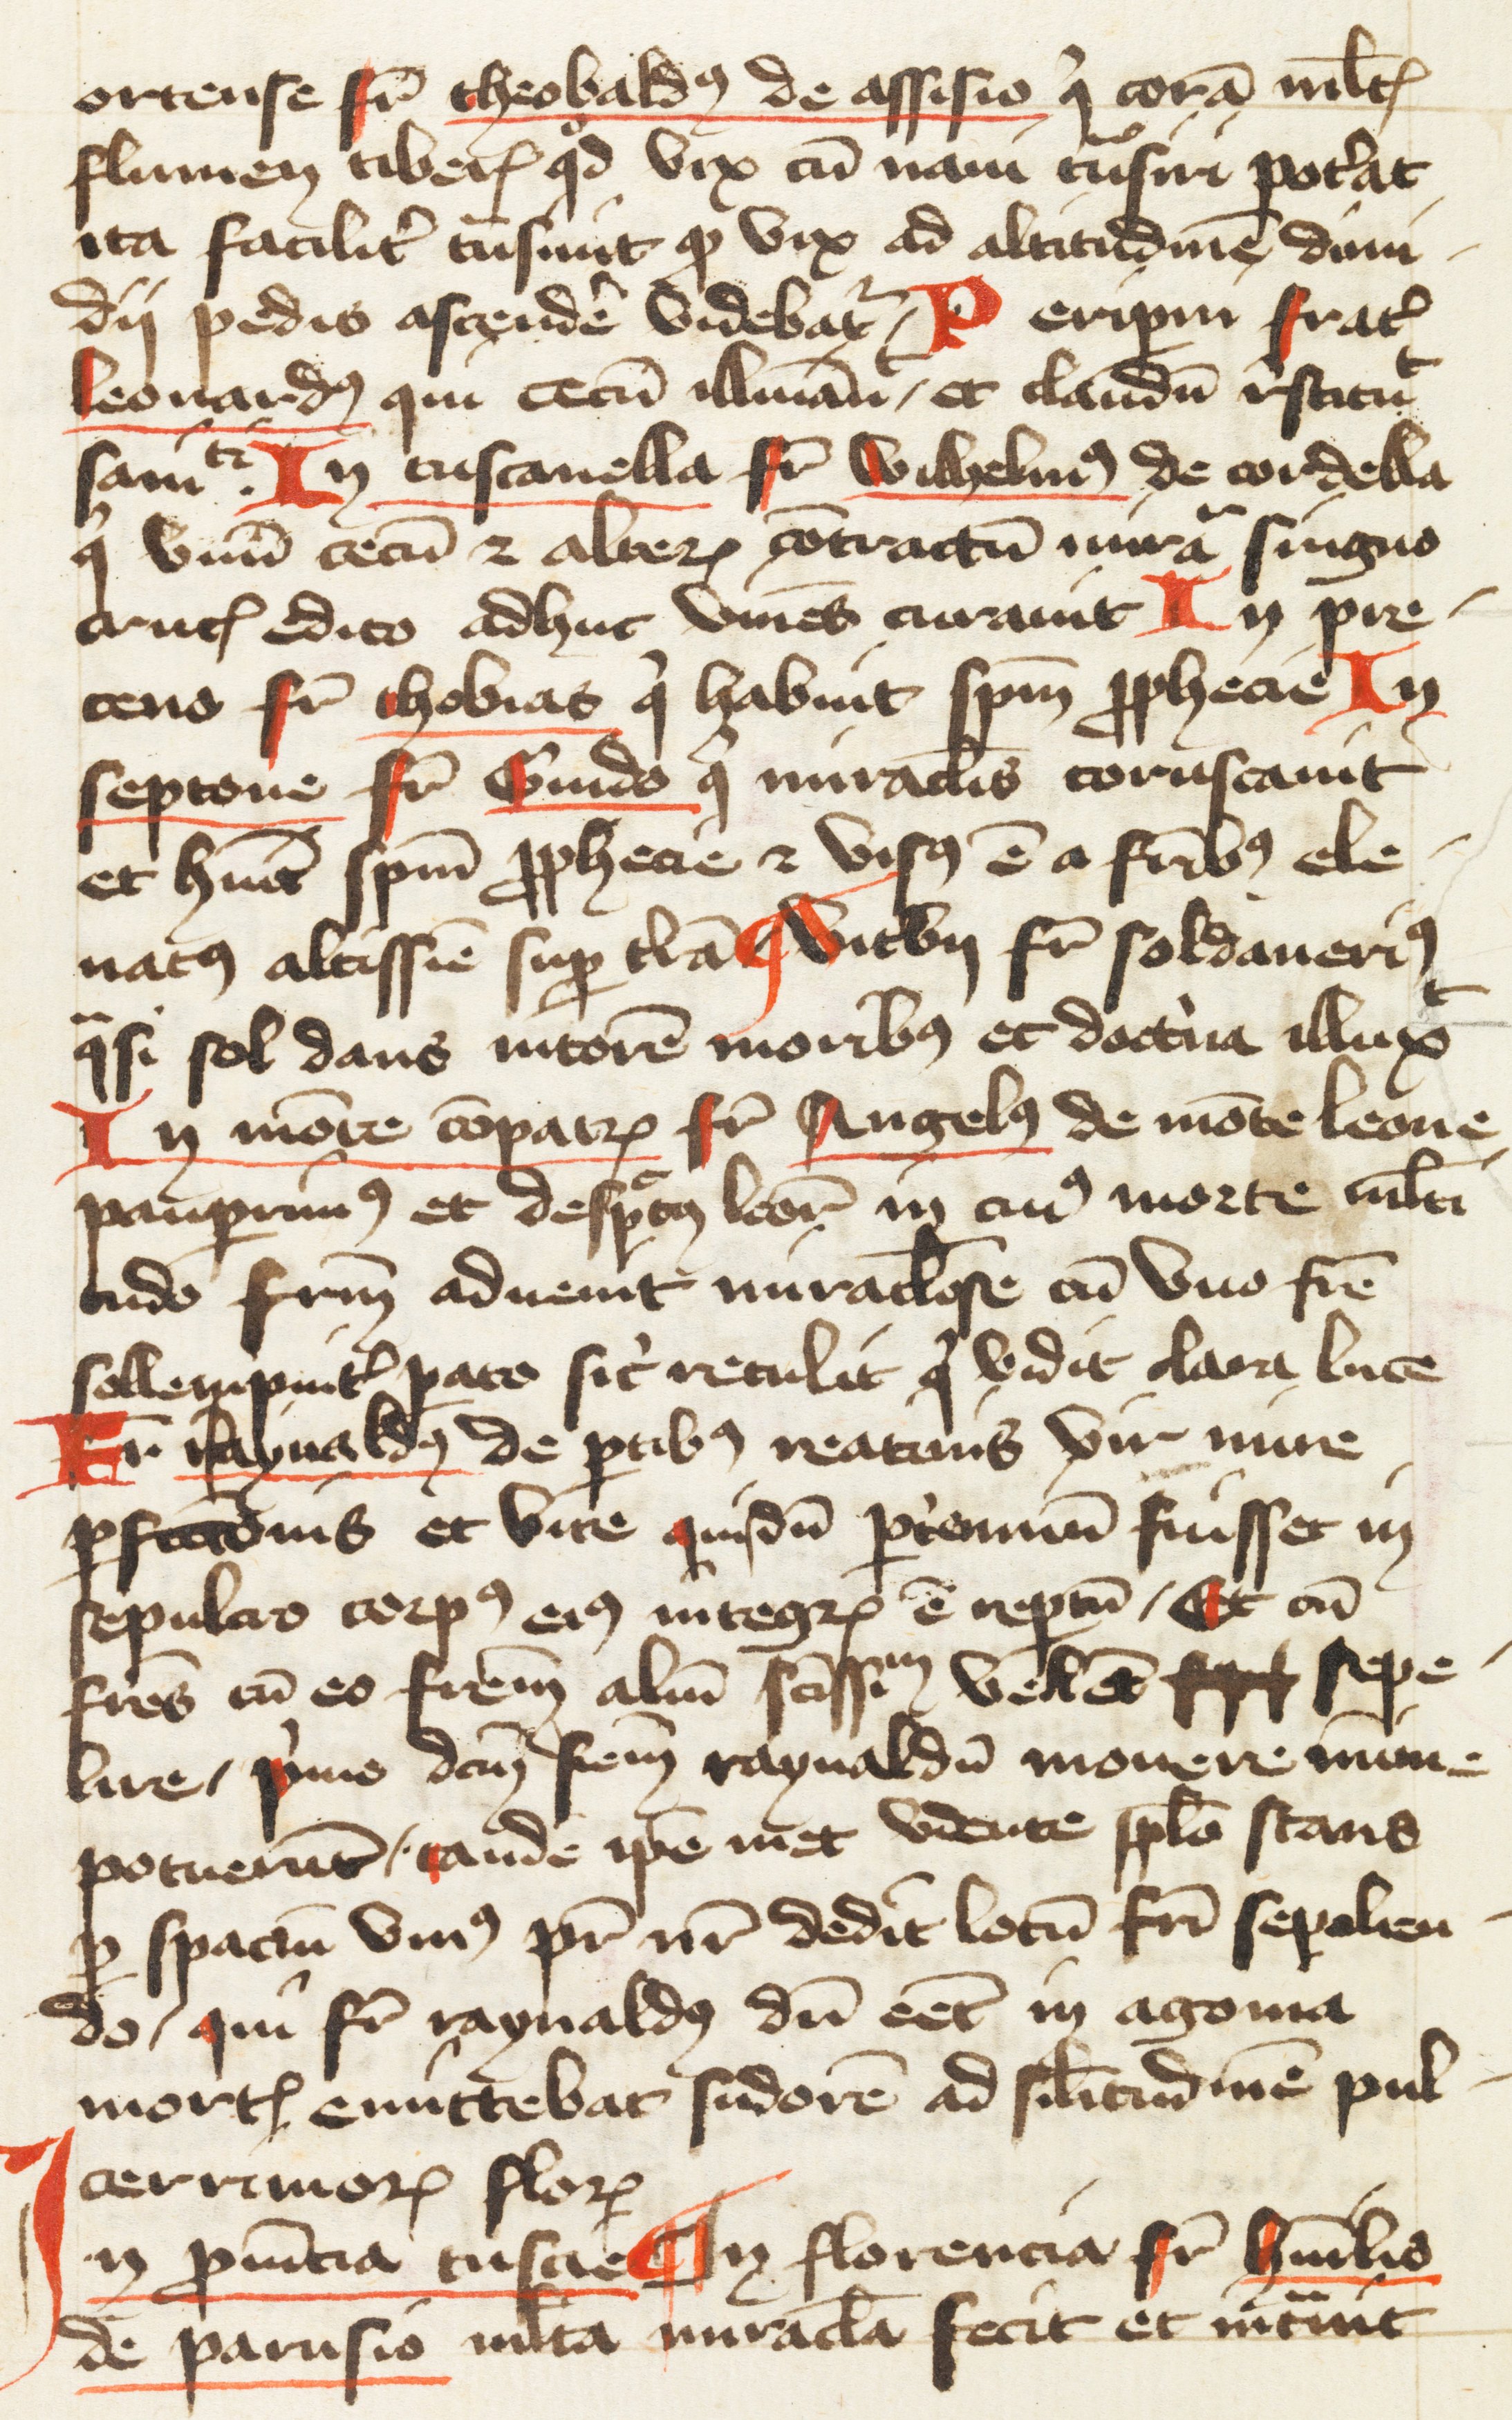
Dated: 1400–1424